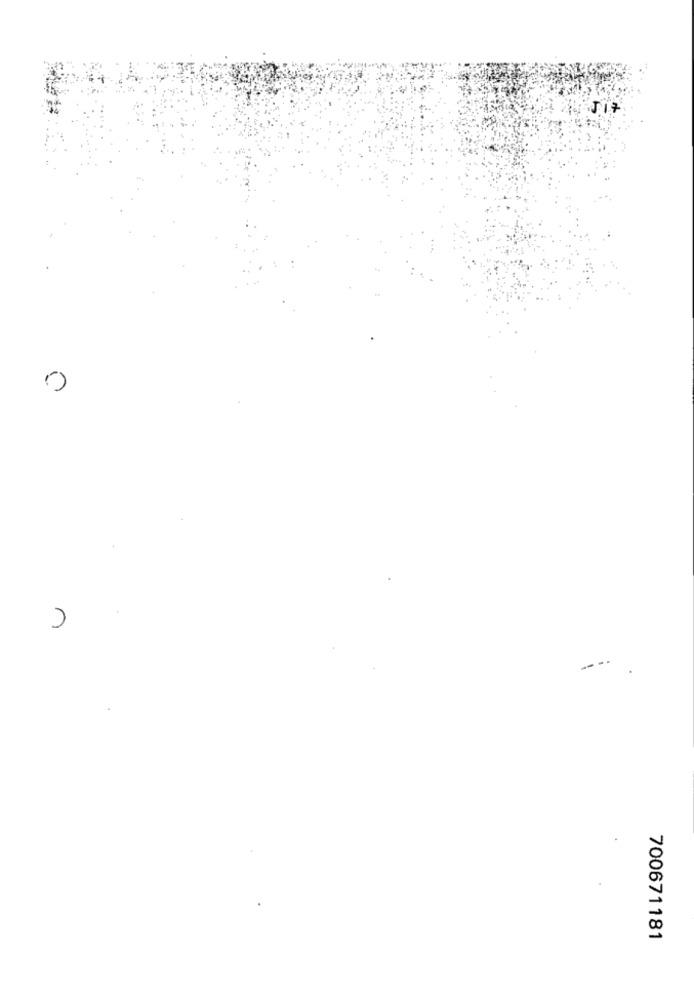
n
700671181